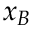
x _ { B }